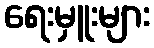
ရေးမှူးများ